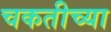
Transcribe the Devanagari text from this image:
चकतीच्या